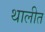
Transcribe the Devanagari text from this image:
थालीत